Civil Veterinary Department. Madras. Admin. report 1910-25 - 1910-1925
Year: 1910
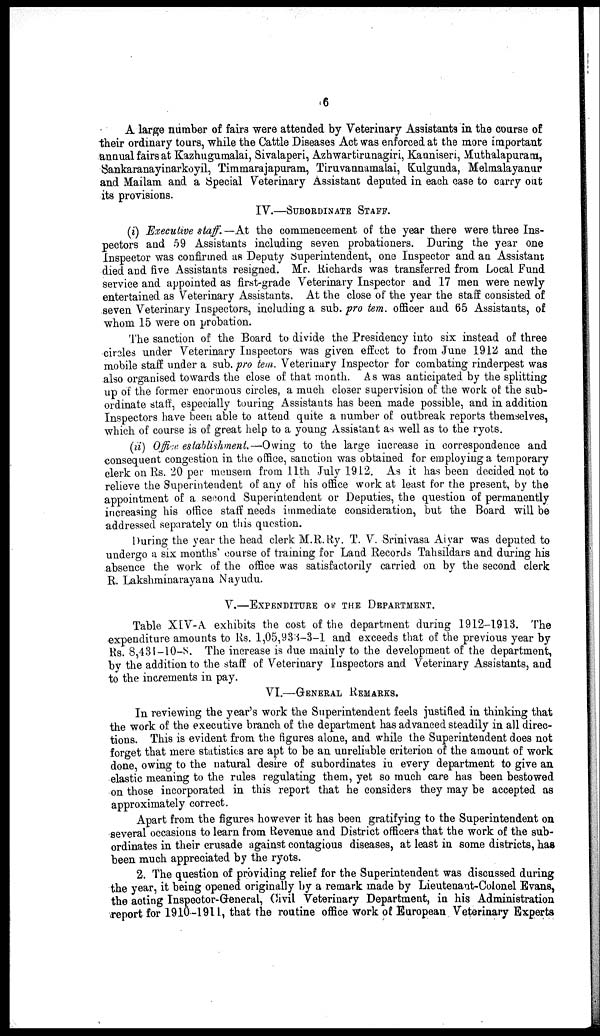
6
A large number of fairs were attended by Veterinary Assistants in the course of
their ordinary tours, while the Cattle Diseases Act was enforced at the more important
annual fairs at Kazhugumalai, Sivalaperi, Azhwartirunagiri, Kanniseri, Muthalapurara,
Sankaranayinarkoyil, Timmarajapuram, Tiruvannamalai, Kulgunda, Melmalayanur
and Mailam and a Special Veterinary Assistant deputed in each case to carry out
its provisions.
IV.—SUBORDINATE STAFF.
(i) Executive staff.—At the commencement of the year there were three Ins-
pectors and 59 Assistants including seven probationers. During the year one
Inspector was confirmed as Deputy Superintendent, one Inspector and an Assistant
died and five Assistants resigned. Mr. Richards was transferred from Local Fund
service and appointed as first-grade Veterinary Inspector and 17 men were newly
entertained as Veterinary Assistants. At the close of the year the staff consisted of
seven Veterinary Inspectors, including a sub. pro tem, officer and 65 Assistants, of
whom 15 were on probation.
The sanction of the Board to divide the Presidency into six instead of three
circles under Veterinary Inspectors was given effect to from June 1912 and the
mobile staff under a sub. pro tem. Veterinary Inspector for combating rinderpest was
also organised towards the close of that month. As was anticipated by the splitting
up of the former enormous circles, a much closer supervision of the work of the sub-
ordinate staff, especially touring Assistants has been made possible, and in addition
Inspectors have been able to attend quite a number of outbreak reports themselves,
which of course is of great help to a young Assistant as well as to the ryots.
(ii) Of f i ces establishment.—Owing to the large increase in correspondence and
consequent congestion in the office, sanction was obtained for employing a temporary
clerk on Rs. 20 per mensem from 11th July 1912. As it has been decided not to
relieve the Superintendent of any of his office work at least for the present, by the
appointment of a second Superintendent or Deputies, the question of permanently
increasing his office staff needs immediate consideration, but the Board will be
addressed separately on this question.
During the year the head clerk M.R. Ry. T. V. Srinivasa Aiyar was deputed to
undergo a six months' course of training for Land Records Tahsildars and during his
absence the work of the office was satisfactorily carried on by the second clerk
R. Lakshminarayana Nayudu.
V.—EXPENDITURE OF THE DEPARMENT.
Table XIV-A exhibits the cost of the department during 1912-1913. The
expenditure amounts to Rs. 1,05,933-3-1 and exceeds that of the previous year by
Rs. 8,431—10—8. The increase is due mainly to the development of the department,
by the addition to the staff of Veterinary Inspectors and Veterinary Assistants, and
to the increments in pay.
VI.—GENERAL REMARKS.
In reviewing the year's work the Superintendent feels justified in thinking that
the work of the executive branch of the department has advanced steadily in all direc-
tions. This is evident from the figures alone, and while the Superintendent does not
forget that mere statistics are apt to be an unreliable criterion of the amount of work
done, owing to the natural desire of subordinates in every department to give an
elastic meaning to the rules regulating them, yet so much care has been bestowed
on those incorporated in this report that he considers they may be accepted as
approximately correct.
Apart from the figures however it has been gratifying to the Superintendent on
several occasions to learn from Revenue and District officers that the work of the sub-
ordinates in their crusade against contagious diseases, at least in some districts, has
been much appreciated by the ryots.
2. The question of providing relief for the Superintendent was discussed during
the year, it being opened originally by a remark made by Lieutenant-Colonel Evans,
the acting Inspector-General, Civil Veterinary Department, in his Administration
report for 1910-1911, that the routine office Work of European Veterinary Experts